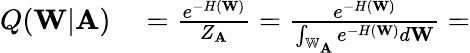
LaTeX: \begin{array}{rl}{Q(\mathbf{W}|\mathbf{A})}&{{}=\frac{e^{-H(\mathbf{W})}}{Z_{\mathbf{A}}}=\frac{e^{-H(\mathbf{W})}}{\int_{\mathbb{W}_{\mathbf{A}}}e^{-H(\mathbf{W})}d\mathbf{W}}=}\end{array}